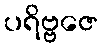
ပရိဗ္ဗဇေ